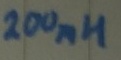
Text: 200mH